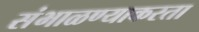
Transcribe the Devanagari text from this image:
संभाळण्याकरता